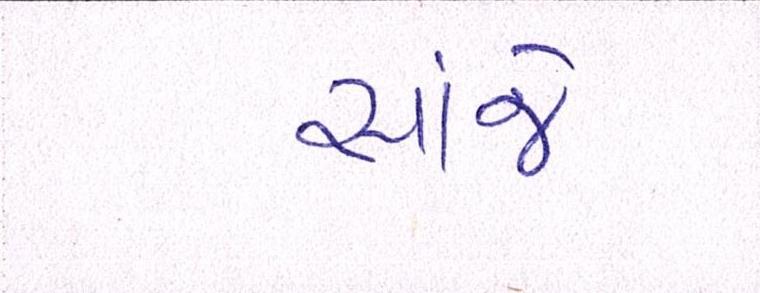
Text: સાંજે